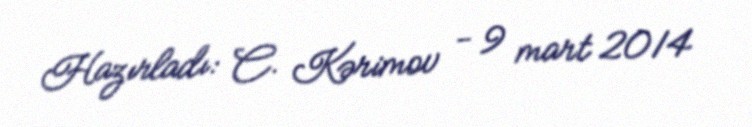
Hazırladı: C. Kərimov - 9 mart 2014